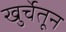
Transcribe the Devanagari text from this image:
खुर्चेतून